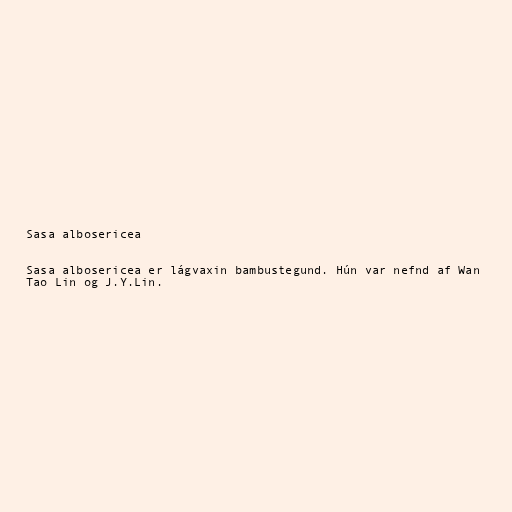
Sasa albosericea

Sasa albosericea er lágvaxin bambustegund. Hún var nefnd af Wan
Tao Lin og J.Y.Lin.